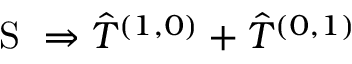
\mathrm { ~ S ~ } \Rightarrow \hat { T } ^ { ( 1 , 0 ) } + \hat { T } ^ { ( 0 , 1 ) }